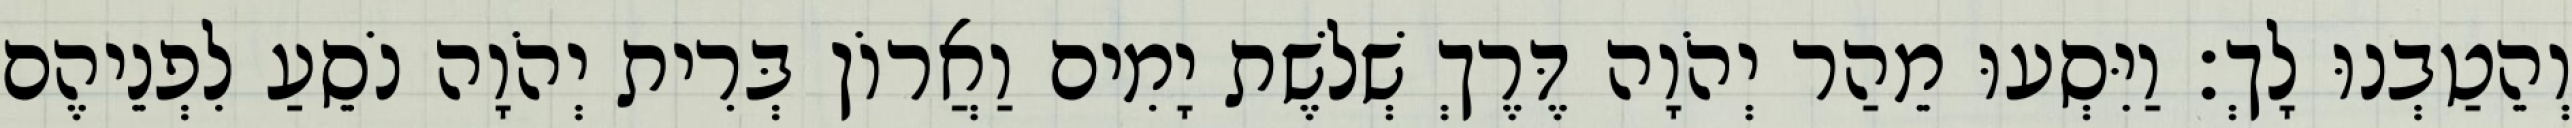
וְהֵטַבְנוּ לָךְ׃ וַיִּסְעוּ מֵהַר יְהֹוָה דֶּרֶךְ שְׁלשֶׁת יָמִים וַאֲרוֹן בְּרִית יְהֹוָה נֹסֵעַ לִפְנֵיהֶם